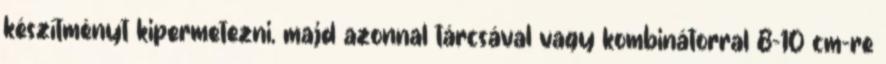
készítményt kipermetezni, majd azonnal tárcsával vagy kombinátorral 8-10 cm-re